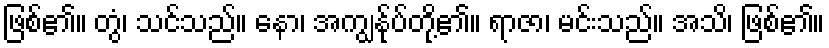
ဖြစ်၏။ တွံ၊ သင်သည်။ နော၊ အကျွန်ုပ်တို့၏။ ရာဇာ၊ မင်းသည်။ အသိ၊ ဖြစ်၏။